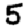
Digit: 5